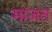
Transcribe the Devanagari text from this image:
माजत